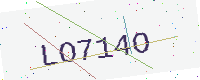
Text: LO714O